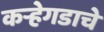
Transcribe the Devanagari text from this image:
कऱ्हेगडाचे